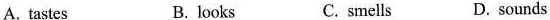
A. tastes B. looks C. smells D. sounds